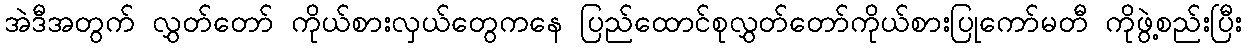
အဲဒီအတွက် လွှတ်တော် ကိုယ်စားလှယ်တွေကနေ ပြည်ထောင်စုလွှတ်တော်ကိုယ်စားပြုကော်မတီ ကိုဖွဲ့စည်းပြီး